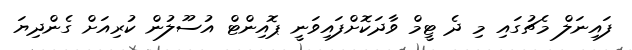
ފައިނަލް މެޗުގައި މި ދެ ޓީމް ވާދަކޮށްފައިވަނީ ޕޮއިންޓް އުސޫލުން ކުރިއަށް ގެންދިޔަ